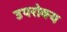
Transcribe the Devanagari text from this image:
उपरोक्य